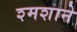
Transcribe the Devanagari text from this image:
श्मशाने